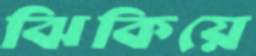
ঝিকিয়ে